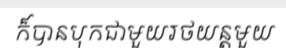
ក៏បានបុកជាមួយរថយន្តមួយ